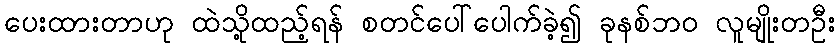
ပေးထားတာဟု ထဲသို့ထည့်ရန် စတင်ပေါ်ပေါက်ခဲ့၍ ခုနစ်ဘ၀ လူမျိုးတဦး